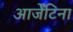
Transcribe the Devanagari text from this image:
आर्जेंटिना